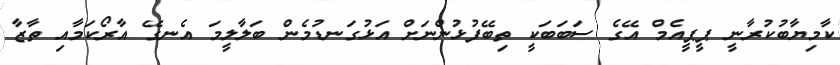
ކާމިޔާބުކުރާނީ ޕީޕީއެމް އޭގެ ސަބަބަކީ ތިބޭފުޅުންނަށް އަޅުގަނޑުމެން ބަލާލީމަ އެނގޭ އާރޯކަމާއި ތާޒާ